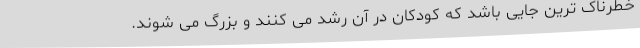
خطرناک ترین جایی باشد که کودکان در آن رشد می کنند و بزرگ می شوند.